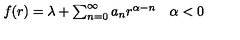
\begin{array} { c c } { f ( r ) = \lambda + \sum _ { n = 0 } ^ { \infty } a _ { n } r ^ { \alpha - n } } & { \alpha < 0 } \\ \end{array}